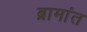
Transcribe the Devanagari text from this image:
ब्रामांत